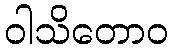
ဝါသိတောဝ